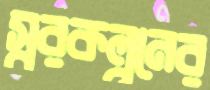
স্বরকল্পনের